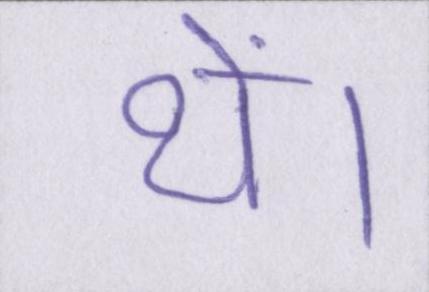
थें।